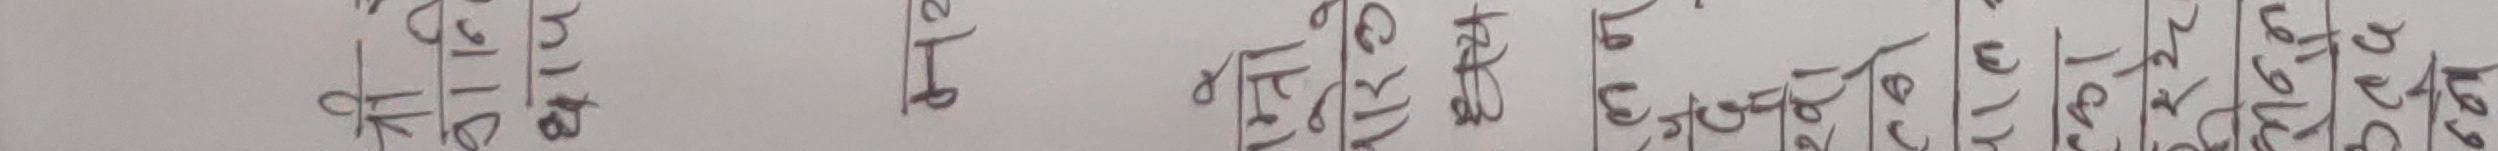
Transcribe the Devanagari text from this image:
कति 163 8/8